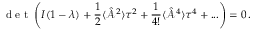
\textrm { d e t } \left( I ( 1 - \lambda ) + \frac { 1 } { 2 } \langle { \hat { \mathcal A } } ^ { 2 } \rangle \tau ^ { 2 } + \frac { 1 } { 4 ! } \langle { \hat { \mathcal A } } ^ { 4 } \rangle \tau ^ { 4 } + . . . \right) = 0 \, .